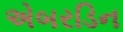
એબરડિન